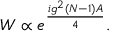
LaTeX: W \propto e ^ { \frac { i g ^ { 2 } ( N - 1 ) { \cal A } } { 4 } } .